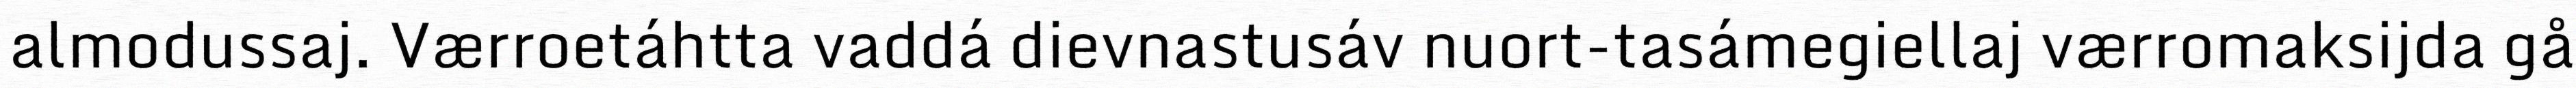
almodussaj. Værroetáhtta vaddá dievnastusáv nuort-tasámegiellaj værromaksijda gå